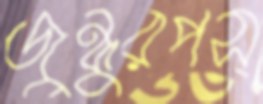
জুন্নুরপস্